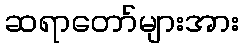
ဆရာတော်များအား